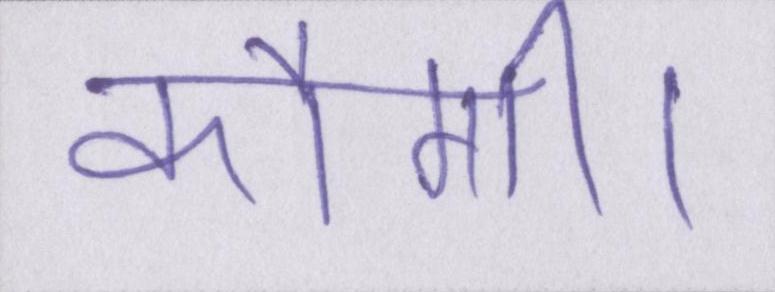
करेंगी।